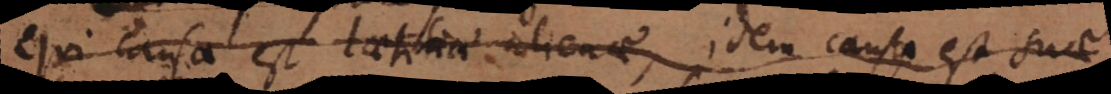
Qui causa est laetitiae alienae, idem causa est suae